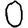
Digit: 0